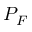
P _ { F }